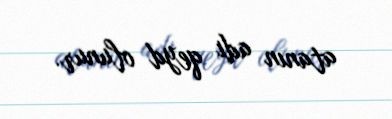
atanın adı qeyd olunur.